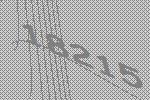
18215